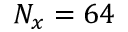
N _ { x } = 6 4